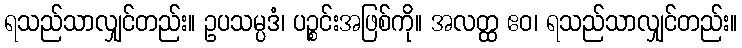
ရသည်သာလျှင်တည်း။ ဥပသမ္ပဒံ၊ ပဉ္စင်းအဖြစ်ကို။ အလတ္ထ ဧဝ၊ ရသည်သာလျှင်တည်း။